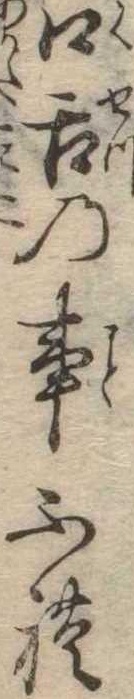
口舌の事ふれ